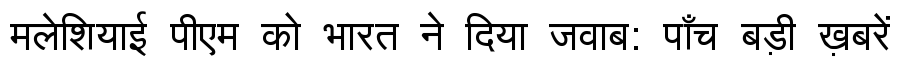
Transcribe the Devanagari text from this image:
मलेशियाई पीएम को भारत ने दिया जवाब: पाँच बड़ी ख़बरें